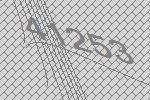
41253